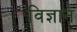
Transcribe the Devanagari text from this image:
विज्ञान